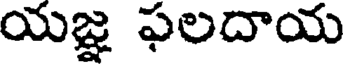
యజ్ఞ ఫలదాయ